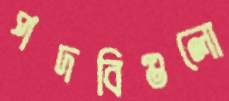
পদবিগুলো